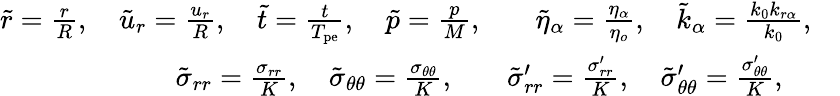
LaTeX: \begin{array}{rl}{\tilde{r}=\frac{r}{R},\quad\tilde{u}_{r}=\frac{u_{r}}{R},\quad\tilde{t}=\frac{t}{T_{\mathrm{pe}}},\quad\tilde{p}=\frac{p}{M},}&{\quad\tilde{\eta}_{\alpha}=\frac{\eta_{\alpha}}{\eta_{o}},\quad\tilde{k}_{\alpha}=\frac{k_{0}k_{r\alpha}}{k_{0}},\quad}\\ {\tilde{\sigma}_{rr}=\frac{\sigma_{rr}}{K},\quad\tilde{\sigma}_{\theta\theta}=\frac{\sigma_{\theta\theta}}{K},\quad}&{\tilde{\sigma}_{rr}^{\prime}=\frac{\sigma_{rr}^{\prime}}{K},\quad\tilde{\sigma}_{\theta\theta}^{\prime}=\frac{\sigma_{\theta\theta}^{\prime}}{K},}\end{array}